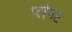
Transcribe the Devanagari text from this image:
प्लेनट